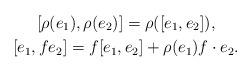
LaTeX: \begin{gather*}[\rho(e_1),\rho(e_2)] = \rho([e_1, e_2]),\\ [e_1, f e_2] = f [e_1, e_2] + \rho(e_1)f \cdot e_2.\end{gather*}